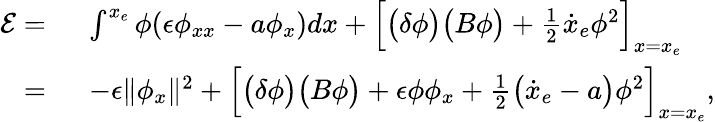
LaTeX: \begin{array}{rl}{\mathcal{E}=\ }&{\int^{x_{e}}\phi(\epsilon\phi_{xx}-a\phi_{x})dx+\Big[\big(\delta\phi\big)\big(B\phi\big)+\frac{1}{2}\dot{x}_{e}\phi^{2}\Big]_{x=x_{e}}}\\ {=\ }&{-\epsilon\| \phi_{x}\| ^{2}+\Big[\big(\delta\phi\big)\big(B\phi\big)+\epsilon\phi\phi_{x}+\frac{1}{2}\big(\dot{x}_{e}-a\big)\phi^{2}\Big]_{x=x_{e}},}\end{array}